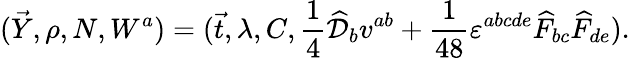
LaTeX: (\vec{Y},\rho,N,W^{a})=(\vec{t},\lambda,C,\frac{1}{4}\widehat{\cal D}_{b}v^{ab}+\frac{1}{48}\varepsilon^{abcde}\widehat{F}_{bc}\widehat{F}_{de}).